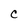
Character: C